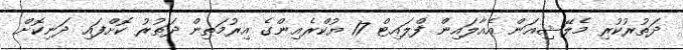
ދަތުރުކުރި މެލޭޝިއަން އެއާލައިން ފްލައިޓް 17 ޔުކްރެއިންގެ އިރުމަތިން ދަތުރު ކޮށްފައި ދަނިކޮށް